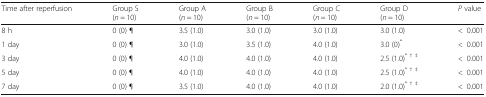
<table><thead><tr><td><b>Time after reperfusion</b></td><td><b>Group S(<i>n</i> = 10)</b></td><td><b>Group A(<i>n</i> = 10)</b></td><td><b>Group B(<i>n</i> = 10)</b></td><td><b>Group C(<i>n</i> = 10)</b></td><td><b>Group D(<i>n</i> = 10)</b></td><td><b><i>P</i> value</b></td></tr></thead><tbody><tr><td>8 h</td><td>0 (0) ¶</td><td>3.5 (1.0)</td><td>3.0 (1.0)</td><td>3.0 (1.0)</td><td>3.0 (1.0)</td><td>&lt;0.001</td></tr><tr><td>1 day</td><td>0 (0) ¶</td><td>3.0 (1.0)</td><td>3.5 (1.0)</td><td>4.0 (1.0)</td><td>3.0 (0)<sup>*</sup></td><td>&lt;0.001</td></tr><tr><td>3 day</td><td>0 (0) ¶</td><td>4.0 (1.0)</td><td>4.0 (1.0)</td><td>4.0 (1.0)</td><td>2.5 (1.0)<sup>* † ‡</sup></td><td>&lt;0.001</td></tr><tr><td>5 day</td><td>0 (0) ¶</td><td>4.0 (1.0)</td><td>4.0 (1.0)</td><td>4.0 (1.0)</td><td>2.5 (1.0)<sup>* † ‡</sup></td><td>&lt;0.001</td></tr><tr><td>7 day</td><td>0 (0) ¶</td><td>3.5 (1.0)</td><td>4.0 (1.0)</td><td>4.0 (1.0)</td><td>2.0 (1.0)<sup>* † ‡</sup></td><td>&lt;0.001</td></tr></tbody></table>